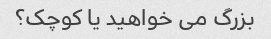
بزرگ می خواهید یا کوچک؟